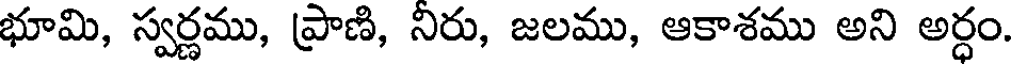
భూమి, స్వర్ణము, ప్రాణి, నిరు, జలము, ఆకాశము అని అర్ధం.